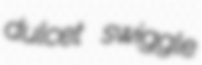
dulcet swiggle